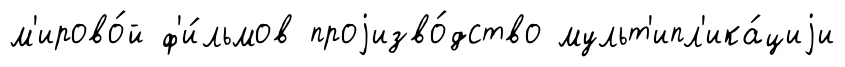
м'ирово́й ф'и́льмов проjизво́дство мульт'ипл'ика́циjи